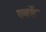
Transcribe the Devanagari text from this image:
एवढें